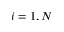
i = 1 , N